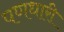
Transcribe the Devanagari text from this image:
पणधारी